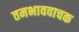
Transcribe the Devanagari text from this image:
तमभाववाचक